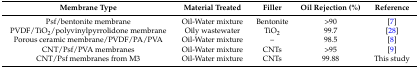
<table><thead><tr><td><b>Membrane Type</b></td><td><b>Material Treated</b></td><td><b>Filler</b></td><td><b>Oil Rejection (%)</b></td><td><b>Reference</b></td></tr></thead><tbody><tr><td>Psf/bentonite membrane</td><td>Oil-Water mixture</td><td>Bentonite</td><td>&gt;90</td><td>[7]</td></tr><tr><td>PVDF/TiO<sub>2</sub>/polyvinylpyrrolidone membrane</td><td>Oily wastewater</td><td>TiO<sub>2</sub></td><td>99.7</td><td>[28]</td></tr><tr><td>Porous ceramic membrane/PVDF/PA/PVA</td><td>Oil-Water mixture</td><td>–</td><td>98.5</td><td>[8]</td></tr><tr><td>CNT/Psf/PVA membranes</td><td>Oil-Water mixture</td><td>CNTs</td><td>&gt;95</td><td>[9]</td></tr><tr><td>CNT/Psf membranes from M3</td><td>Oil-Water mixture</td><td>CNTs</td><td>99.88</td><td>This study</td></tr></tbody></table>